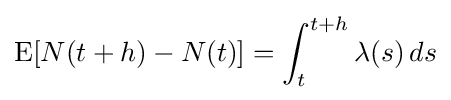
\operatorname {E} [N(t+h)-N(t)]=\int _{t}^{t+h}\lambda (s)\,ds